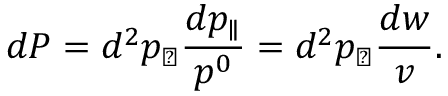
d P = d ^ { 2 } p _ { \perp } { \frac { d p _ { \parallel } } { p ^ { 0 } } } = d ^ { 2 } p _ { \perp } { \frac { d w } { v } } .